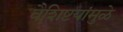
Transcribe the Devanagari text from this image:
वैशिष्टयांमुळे